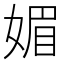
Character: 媚